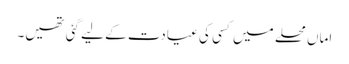
اماں محلے میں کسی کی عیادت کے لیے گئی تھیں۔